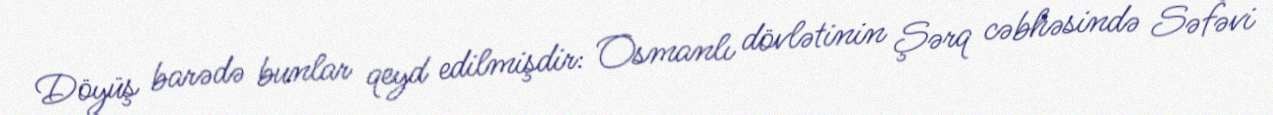
Döyüş barədə bunlar qeyd edilmişdir: Osmanlı dövlətinin Şərq cəbhəsində Səfəvi